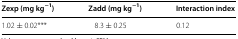
<table><thead><tr><td><b>Zexp (mg kg<sup>−1</sup>)</b></td><td><b>Zadd (mg kg<sup>−1</sup>)</b></td><td><b>Interaction index</b></td></tr></thead><tbody><tr><td>1.02 ± 0.02***</td><td>8.3 ± 0.25</td><td>0.12</td></tr></tbody></table>